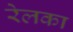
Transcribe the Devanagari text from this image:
रेलका